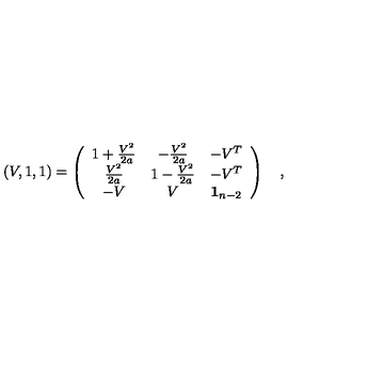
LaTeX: \left( V , 1 , 1 \right) = \left( \begin{array} { c c c } { 1 + \frac { V ^ { 2 } } { 2 a } } & { - \frac { V ^ { 2 } } { 2 a } } & { - V ^ { T } } \\ { \frac { V ^ { 2 } } { 2 a } } & { 1 - \frac { V ^ { 2 } } { 2 a } } & { - V ^ { T } } \\ { - V } & { V } & { { \bf 1 } _ { n - 2 } } \\ \end{array} \right) \quad ,